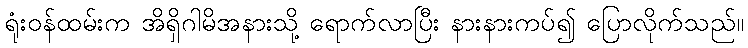
ရုံးဝန်ထမ်းက အိရှိဂါမိအနားသို့ ရောက်လာပြီး နားနားကပ်၍ ပြောလိုက်သည်။